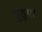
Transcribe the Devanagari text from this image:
हुडुगा